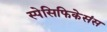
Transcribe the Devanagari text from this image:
स्पेसिफिकेसंस